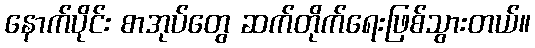
နောက်ပိုင်း စာအုပ်တွေ ဆက်တိုက်ရေးဖြစ်သွားတယ်။